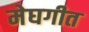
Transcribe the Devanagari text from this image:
मेघगीत